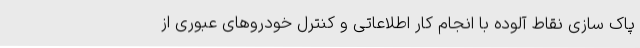
پاک سازی نقاط آلوده با انجام کار اطلاعاتی و کنترل خودروهای عبوری از